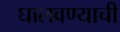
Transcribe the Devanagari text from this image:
घालवण्याची